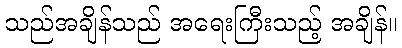
သည်အချိန်သည် အရေးကြီးသည့် အချိန်။